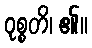
ဝုစ္စတိ၊ ၏။